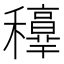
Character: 𥤁